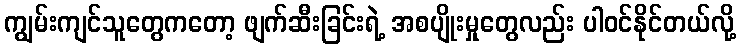
ကျွမ်းကျင်သူတွေကတော့ ဖျက်ဆီးခြင်းရဲ့ အစပျိုးမှုတွေလည်း ပါဝင်နိုင်တယ်လို့